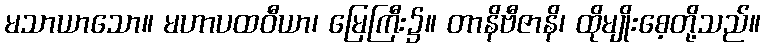
မသာယာသော။ မဟာပထဝီယာ၊ မြေကြီး၌။ တာနိဗီဇာနိ၊ ထိုမျိုးစေ့တို့သည်။